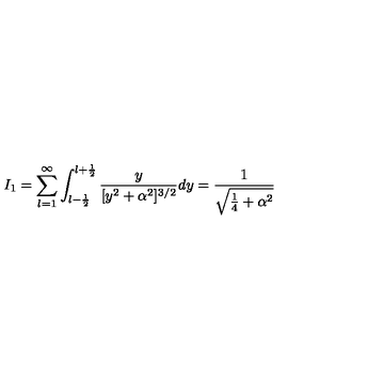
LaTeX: I _ { 1 } = \sum _ { l = 1 } ^ { \infty } \int _ { l - \frac { 1 } { 2 } } ^ { l + \frac { 1 } { 2 } } \frac { y } { [ y ^ { 2 } + \alpha ^ { 2 } ] ^ { 3 / 2 } } d y = \frac { 1 } { \sqrt { \frac { 1 } { 4 } + \alpha ^ { 2 } } }